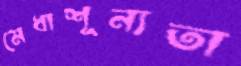
মেধাশূন্যতা